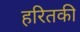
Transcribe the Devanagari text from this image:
हरितकी